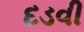
દડવી